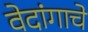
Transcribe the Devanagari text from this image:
वेदांगाचे